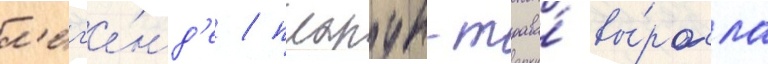
л'ег'е́нд'е / плакун-трава́ вы́росла